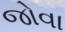
જોવા